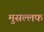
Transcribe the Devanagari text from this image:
मुसल्लफ